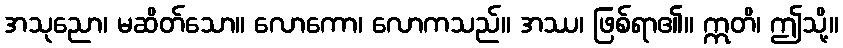
အသုညော၊ မဆိတ်သော။ လောကော၊ လောကသည်။ အဿ၊ ဖြစ်ရာ၏။ ဣတိ၊ ဤသို့။